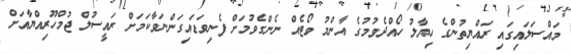
މައްސަލައިގައި ރައްޔިތުންގެ ހިޔާލު ހޯއްދެވުމުގެ އާންމު ވޯޓެއް ނެންގެވުމަށް ފެނިވަޑައިގަންނަވާކަމަށް ރައީސުލް ޖުމްހޫރިއްޔާއަށް